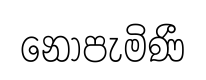
නොපැමිණී